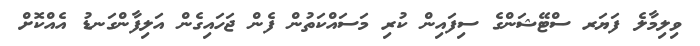
ވިލިމާލެ ފަޔަރ ސްޓޭޝަންގެ ސިފައިން ކުރި މަސައްކަތުން ފެން ޖަހައިގެން އަލިފާންގަނޑު އެއްކޮށް